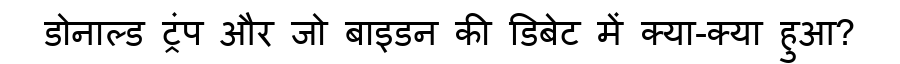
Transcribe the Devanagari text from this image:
डोनाल्ड ट्रंप और जो बाइडन की डिबेट में क्या-क्या हुआ?